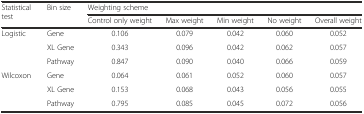
<table><thead><tr><td rowspan="2"><b>Statistical test</b></td><td rowspan="2"><b>Bin size</b></td><td colspan="5"><b>Weighting scheme</b></td></tr><tr><td><b>Control only weight</b></td><td><b>Max weight</b></td><td><b>Min weight</b></td><td><b>No weight</b></td><td><b>Overall weight</b></td></tr></thead><tbody><tr><td rowspan="3">Logistic</td><td>Gene</td><td>0.106</td><td>0.079</td><td>0.042</td><td>0.060</td><td>0.052</td></tr><tr><td>XL Gene</td><td>0.343</td><td>0.096</td><td>0.042</td><td>0.062</td><td>0.057</td></tr><tr><td>Pathway</td><td>0.847</td><td>0.090</td><td>0.040</td><td>0.066</td><td>0.059</td></tr><tr><td rowspan="3">Wilcoxon</td><td>Gene</td><td>0.064</td><td>0.061</td><td>0.052</td><td>0.060</td><td>0.057</td></tr><tr><td>XL Gene</td><td>0.153</td><td>0.068</td><td>0.043</td><td>0.056</td><td>0.055</td></tr><tr><td>Pathway</td><td>0.795</td><td>0.085</td><td>0.045</td><td>0.072</td><td>0.056</td></tr></tbody></table>